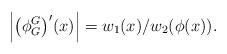
LaTeX: \begin{align*} \left\lvert\bigl(\phi^G_G\bigr)'(x)\right\lvert = w_1(x)/w_2(\phi(x)). \end{align*}